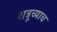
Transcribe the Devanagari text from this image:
शत्रूच्याच